Morphology and life history of Herpetomonas culicis, Novy, MacNeal and Torrey - Number 57
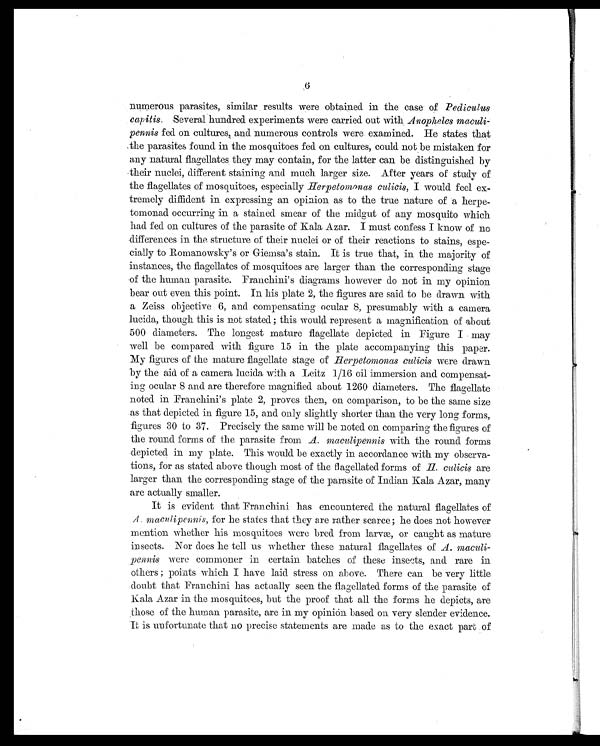
6
numerous parasites, similar results were obtained in the case of P e d i c u l u s
capitis. Several hundred experiments were carried out with Anopheles
maculipennis fed on cultures, and numerous controls were examined. He states that
the parasites found. in the mosquitoes fed on cultures, could not be mistaken for
any natural flagellates they may contain, for the latter can be distinguished by
their nuclei, different staining and much larger size. After years of study of
the flagellates of mosquitoes, especially Herpetomonas culicis, I -would feel ex-
tremely diffident in expressing an opinion as to the true nature of a herpe-
tomonad occurring in a stained smear of the midgut of any mosquito which
had fed on cultures of the parasite of Kala Azar. I must confess I know of no
differences in the structure of their nuclei or of their reactions to stains, espe-
cially to Romanowsky's or Giemsa's stain. It is true that, in the majority of
instances, the flagellates of mosquitoes are larger than the corresponding stage
of the human parasite. Franchini's diagrams however do not in my opinion
bear out even this point. In his plate 2, the figures are said to be drawn with
a Zeiss objective 6, and compensating ocular 8, presumably with a camera
lucida, though this is not stated ; this would represent a magnification of about
500 diameters. The longest mature flagellate depicted in Figure I may
well be compared with figure 15 in the plate accompanying this paper.
My figures of the mature flagellate stage of Herpetomonas culicis were drawn
by the aid. of a camera lucida with a Leitz 1/16 oil immersion and compensat-
ing ocular 8 and are therefore magnified about 1260 diameters. The flagellate
noted in Franchini's plate 2, proves then, on comparison, to be the same size
as that depicted in figure 15, and only slightly shorter than the very long forms,
figures 30 to 37. Precisely the same will be noted on comparing the figures of
the round forms of the parasite from A. maculipennis with the round forms
depicted in my plate. This would be exactly in accordance with my observa-
tions, for as stated above though most of the flagellated forms of H culicis are
larger than the corresponding stage of the parasite of Indian Kala Azar, many
are actually smaller.
It is evident that Franchini has encountered the natural flagellates of
maculipennis, for he states that they are rather scarce; he does not however
mention whether his mosquitoes were bred from larvæ, or caught as mature
insects. Nor does he tell us whether these natural flagellates of A . maculi-
pennis were commoner in certain batches of these insects, and rare in
others ; points which I have laid stress on above. There can be very little
doubt that Franchini has actually seen the flagellated forms of the parasite of
kala Azar in the mosquitoes, but the proof that all the forms he depicts, are
those of the human parasite, are in my opinion based on very slender evidence.
It is unfortunate that no precise statements are made as to the exact part of